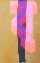
ব্